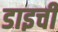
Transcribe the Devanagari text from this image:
डाइची